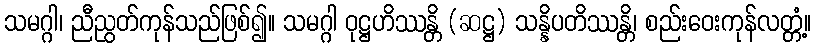
သမဂ္ဂါ၊ ညီညွတ်ကုန်သည်ဖြစ်၍။ သမဂ္ဂါ ဝုဋ္ဌဟိဿန္တိ (ဆဋ္ဌ) သန္နိပတိဿန္တိ၊ စည်းဝေးကုန်လတ္တံ့။